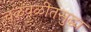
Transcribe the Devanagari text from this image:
चळवळीतसुद्धा